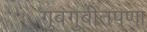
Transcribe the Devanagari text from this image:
गुबगुबीतपणा